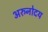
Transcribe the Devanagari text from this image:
अरुनोदय